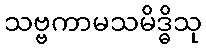
သဗ္ဗကာမသမိဒ္ဓိသု